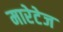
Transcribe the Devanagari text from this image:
मारेटेज